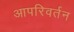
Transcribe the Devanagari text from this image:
आपरिवर्तन